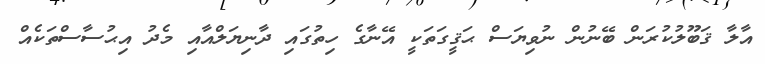
އާލާ ޤަބޫލުކުރަން ބޭނުން ނުވިޔަސް ޙަޤީގަތަކީ އޭނާގެ ހިތުގައި ދާނިޔަލްއާއި މެދު އިޙުސާސްތަކެއް